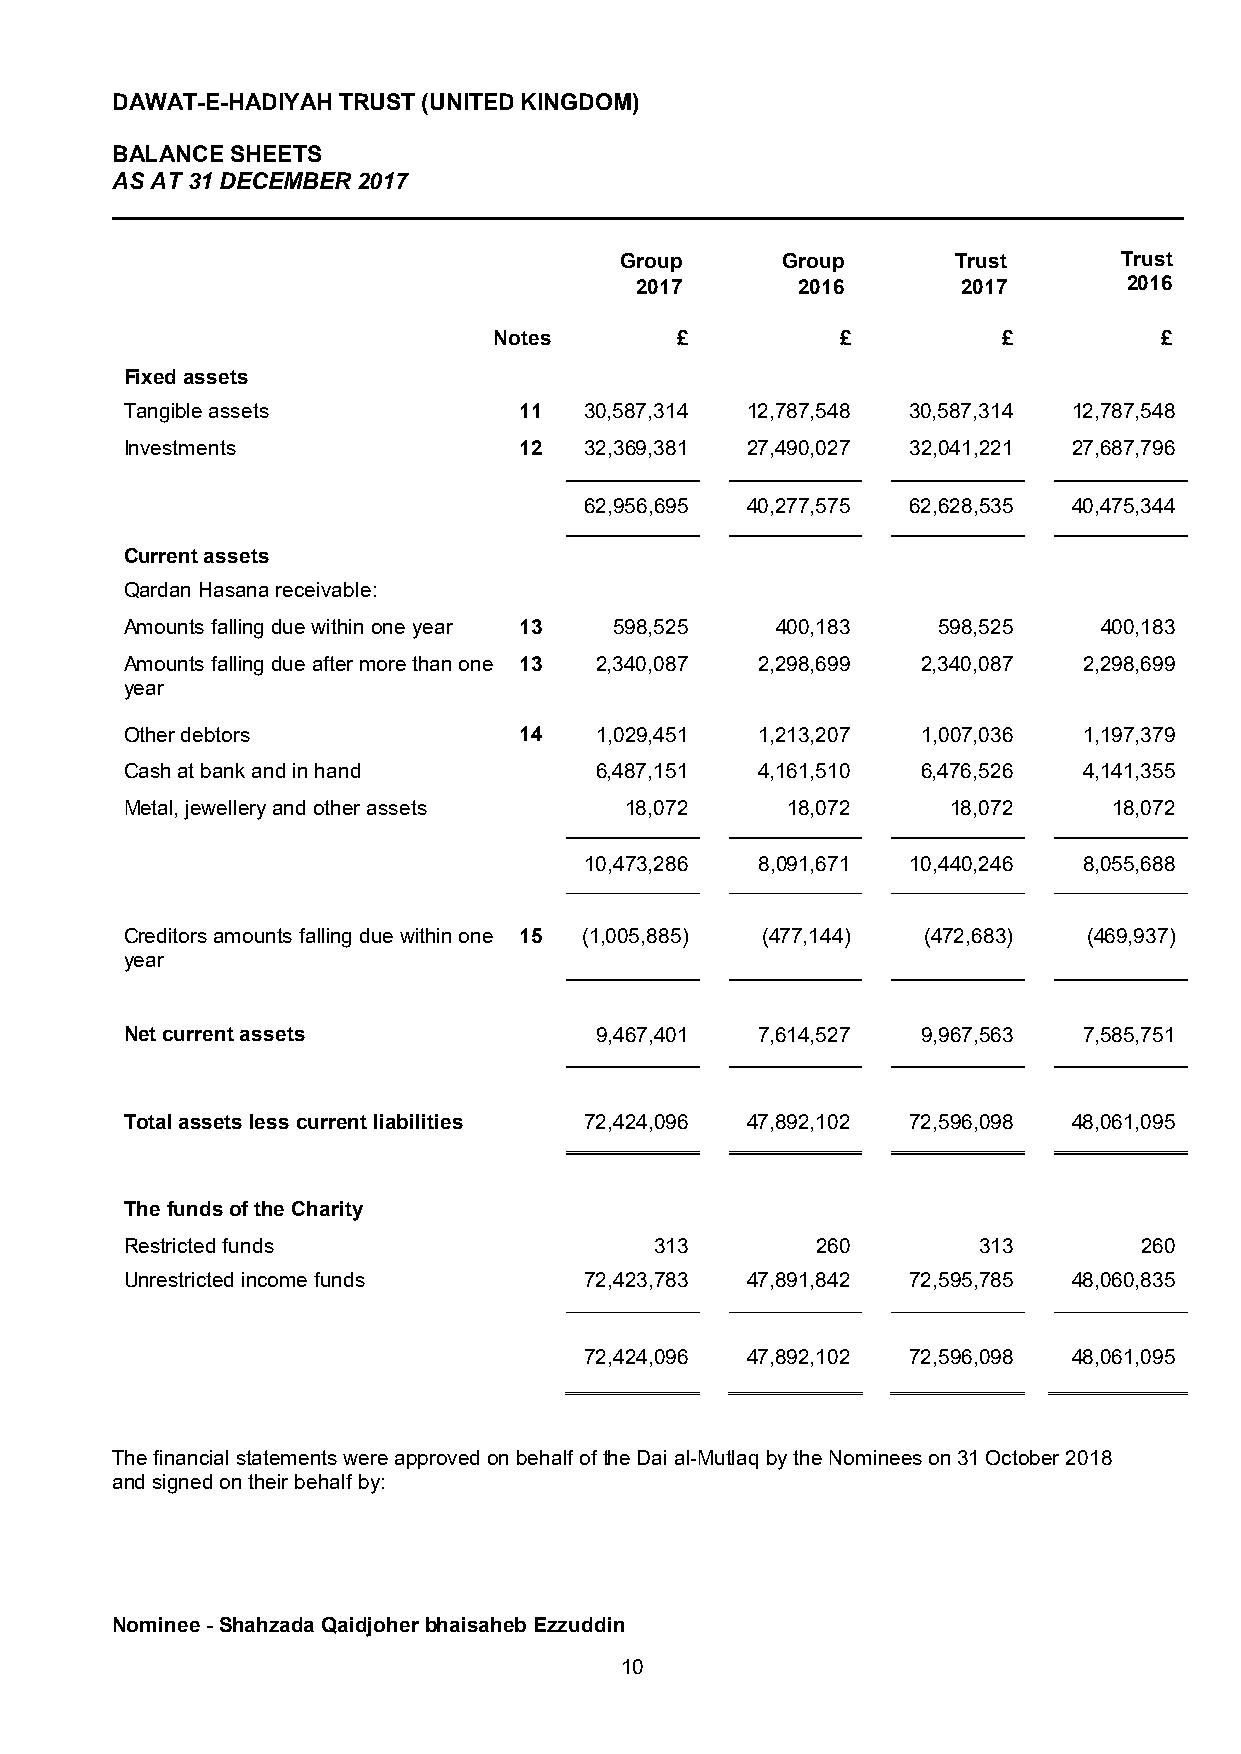
DAWAT-E-HADIYAH TRUST (UNITED KINGDOM)
 BALANCE SHEETS
 AS AT 31 DECEMBER 2017
 ____________________________________________________________________________________
 Group      Group      Trust      Trust
 2017       2016       2017       2016
 Notes       £          £         £          £
 Fixed assets
 Tangible assets           11   30,587,314 12,787,548 30,587,314 12,787,548
 Investments               12   32,369,381 27,490,027 32,041,221 27,687,796
 62,956,695 40,277,575 62,628,535 40,475,344
 Current assets
 Qardan Hasana receivable:
 Amounts falling due within one year 13 598,525 400,183 598,525   400,183
 Amounts falling due after more than one 13 2,340,087 2,298,699 2,340,087 2,298,699
 year
 Other debtors             14   1,029,451  1,213,207  1,007,036  1,197,379
 Cash at bank and in hand       6,487,151  4,161,510  6,476,526  4,141,355
 Metal, jewellery and other assets 18,072    18,072     18,072     18,072
 10,473,286 8,091,671 10,440,246  8,055,688
 Creditors amounts falling due within one 15 (1,005,885) (477,144) (472,683) (469,937)
 year
 Net current assets             9,467,401  7,614,527  9,967,563  7,585,751
 Total assets less current liabilities 72,424,096 47,892,102 72,596,098 48,061,095
 The funds of the Charity
 Restricted funds                   313        260        313        260
 Unrestricted income funds      72,423,783 47,891,842 72,595,785 48,060,835
 72,424,096 47,892,102 72,596,098 48,061,095
 The financial statements were approved on behalf of the Dai al-Mutlaq by the Nominees on 31 October 2018
 and signed on their behalf by:
 Nominee - Shahzada Qaidjoher bhaisaheb Ezzuddin
 10